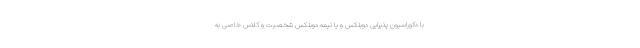
با دکوراسیون پذیرایی دوبلکس و یا نیمه دوبلکس شخصیت و کلاس خاصی به